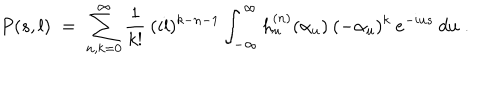
P ( s , l ) \; = \; \sum _ { n , k = 0 } ^ { \infty } \frac { 1 } { k ! } \: ( i l ) ^ { k - n - 1 } \int _ { - \infty } ^ { \infty } h _ { u } ^ { ( n ) } ( \alpha _ { u } ) \: ( - \alpha _ { u } ) ^ { k } \: e ^ { - i u s } \: d u \; .